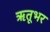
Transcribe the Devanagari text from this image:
ऋतूभर